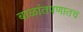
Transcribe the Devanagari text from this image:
बाळांतपणातच